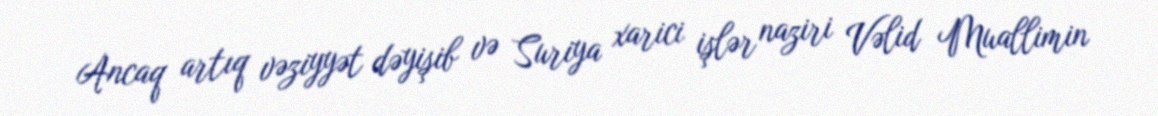
Ancaq artıq vəziyyət dəyişib və Suriya xarici işlər naziri Vəlid Muallimin